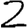
Digit: 2